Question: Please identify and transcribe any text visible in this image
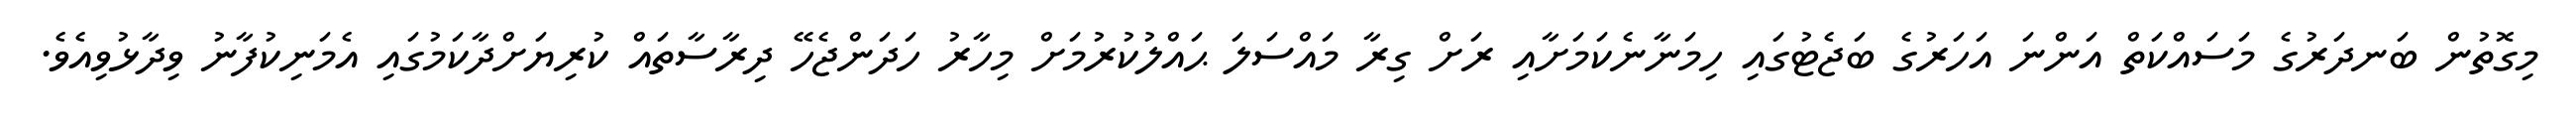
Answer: މިގޮތުން ބަނދަރުގެ މަސައްކަތް އަންނަ އަހަރުގެ ބަޖެޓުގައި ހިމަނާނެކަމަށާއި ރަށް ގިރާ މައްސަލަ ޙައްލުކުރުމަށް މިހާރު ހަދަންޖެހޭ ދިރާސާތައް ކުރިޔަށްދާކަމުގައި އެމަނިކުފާނު ވިދާޅުވިއެވެ.